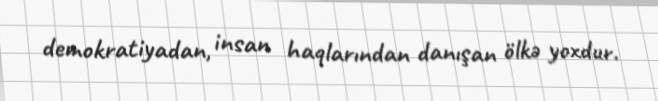
demokratiyadan, insan haqlarından danışan ölkə yoxdur.